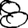
Digit: 8